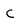
Character: C